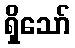
ရှိသော်